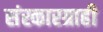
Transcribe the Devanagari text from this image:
संस्कारग्राही